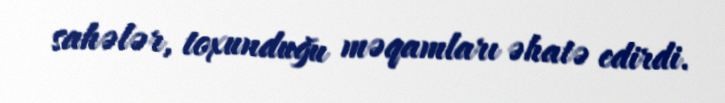
sahələr, toxunduğu məqamları əhatə edirdi.